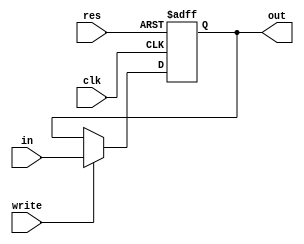
`timescale 1ns / 1ps
//////////////////////////////////////////////////////////////////////////////////
// Company: 
// Engineer: 
// 
// Design Name: 
// Module Name: PC
// Project Name: 
// Target Devices: 
// Tool Versions: 
// Description: 
// 
// Dependencies: 
// 
// Revision:
// Revision 0.01 - File Created
// Additional Comments:
// 
//////////////////////////////////////////////////////////////////////////////////


module PC(
    input [31:0] in,
    input clk,
    input res,
    input write,
    output reg [31:0] out
    );
    
    always @(posedge clk or posedge res)
        if (res) begin
            out = 0;
        end
        else if (write) begin
            out = in;
        end
endmodule